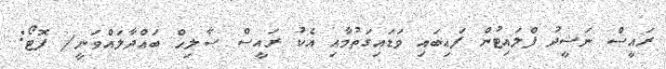
ރައީސް ނަޝީދު ފްލައިޓުން ފައިބައި ވަޑައިގަތުމާއި އެކު ރައީސް ޞާލިހް ބައްދާލައްވަނީ/ ފޮޓޯ: